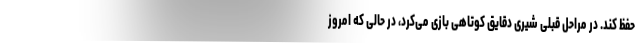
حفظ کند. در مراحل قبلی شیری دقایق کوتاهی بازی می‌کرد، در حالی که امروز